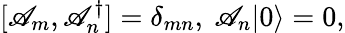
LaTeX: [\mathscr{A}_{m},\mathscr{A}_{n}^{\dagger}]=\delta_{mn},\ \mathscr{A}_{n}|0\rangle=0,